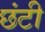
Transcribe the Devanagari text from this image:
छंटी